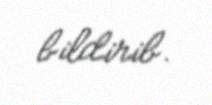
bildirib.